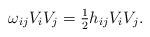
LaTeX: \begin{align*}\omega_{ij} V_i V_j = \tfrac{1}{2} h_{ij} V_i V_j.\end{align*}